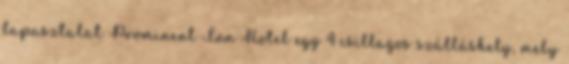
tapasztalat Prominent Inn Hotel egy 4 csillagos szálláshely, mely